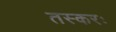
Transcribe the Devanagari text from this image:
तस्करः